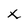
Character: x